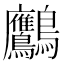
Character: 𪈾